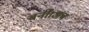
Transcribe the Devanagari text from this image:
बनीं।अब